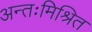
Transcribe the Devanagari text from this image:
अन्तःमिश्रित